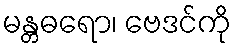
မန္တဓရော၊ ဗေဒင်ကို